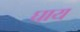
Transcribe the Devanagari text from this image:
घाय